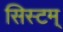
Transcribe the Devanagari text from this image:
सिस्टम्